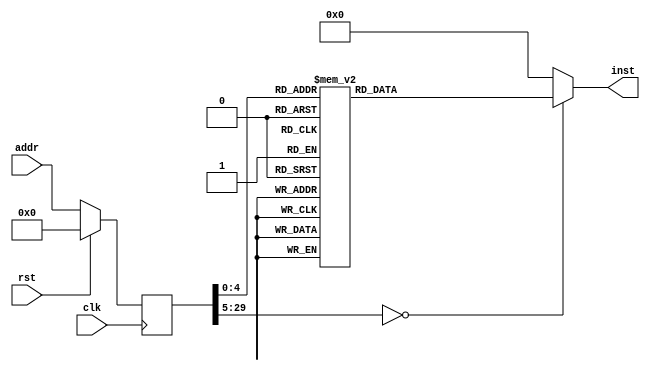
module asmtest(input clk, input rst, input [29:0] addr, output reg [31:0] inst);
reg [29:0] addr_r;
always @(posedge clk)
begin
addr_r <= (rst) ? (30'b0) : (addr);
end
always @(*)
begin
case(addr_r)
30'h00000000: inst = 32'h3c104000;
30'h00000001: inst = 32'h3c114000;
30'h00000002: inst = 32'h36100014;
30'h00000003: inst = 32'h0800000c;
30'h00000004: inst = 32'h2611001c;
30'h00000005: inst = 32'h24020010;
30'h00000006: inst = 32'h3443ff00;
30'h00000007: inst = 32'h00031fc2;
30'h00000008: inst = 32'h3443ff00;
30'h00000009: inst = 32'h3c04abff;
30'h0000000a: inst = 32'h00831825;
30'h0000000b: inst = 32'h00031c03;
30'h0000000c: inst = 32'h3c03c000;
30'h0000000d: inst = 32'h12110006;
30'h0000000e: inst = 32'h00000000;
30'h0000000f: inst = 32'h8e020000;
30'h00000010: inst = 32'h26100004;
30'h00000011: inst = 32'hac620000;
30'h00000012: inst = 32'h0800000d;
30'h00000013: inst = 32'h24630004;
30'h00000014: inst = 32'h3c04c000;
30'h00000015: inst = 32'h0080f809;
30'h00000016: inst = 32'h00000000;
default:      inst = 32'h00000000;
endcase
end
endmodule